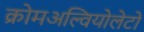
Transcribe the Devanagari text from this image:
क्रोमअल्वियोलेटों